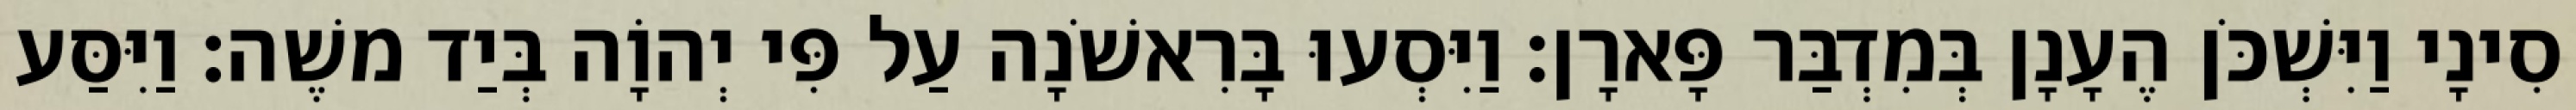
סִינָי וַיִּשְׁכֹּן הֶעָנָן בְּמִדְבַּר פָּארָן׃ וַיִּסְעוּ בָּרִאשֹׁנָה עַל פִּי יְהוָֹה בְּיַד משֶׁה׃ וַיִּסַּע